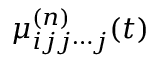
\mu _ { i j j \cdots j } ^ { ( n ) } ( t )